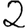
Digit: 2